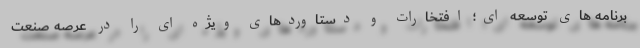
برنامه های توسعه ای؛ افتخارات و دستاوردهای ویژه ای را در عرصه صنعت